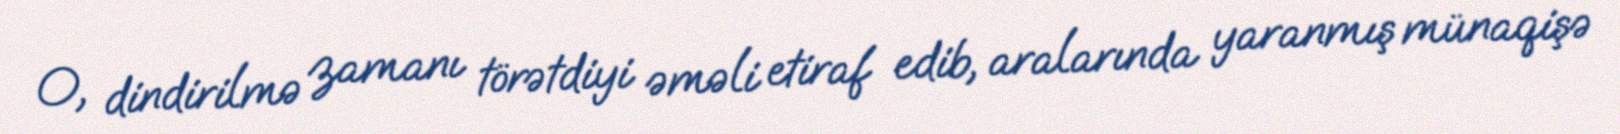
O, dindirilmə zamanı törətdiyi əməli etiraf edib, aralarında yaranmış münaqişə